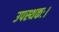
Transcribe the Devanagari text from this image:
उपस्थकः।